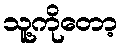
သူ့ကိုတော့